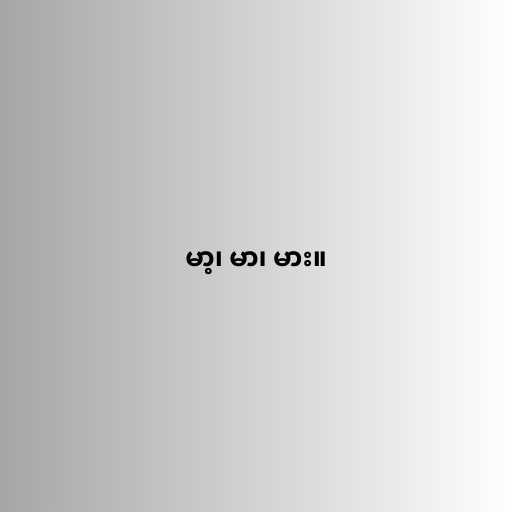
မာ့၊ မာ၊ မား။